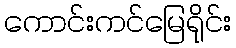
ကောင်းကင်မြေရိုင်း